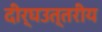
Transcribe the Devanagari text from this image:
दीर्घउत्तरीय